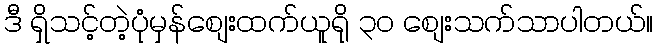
ဒီ ရှိသင့်တဲ့ပုံမှန်စျေးထက်ယူရို ၃၀ စျေးသက်သာပါတယ်။